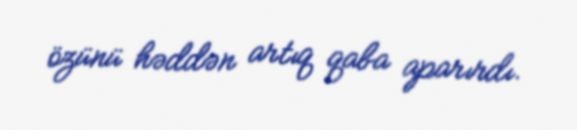
özünü həddən artıq qaba aparırdı.